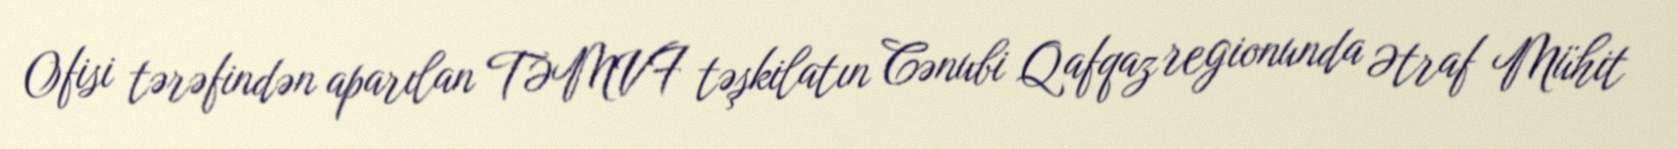
Ofisi tərəfindən aparılan TƏMVF təşkilatın Cənubi Qafqaz regionunda Ətraf Mühit